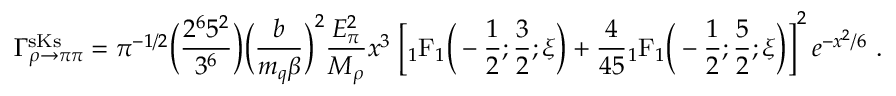
\Gamma _ { \rho \to \pi \pi } ^ { \mathrm { s K s } } = \pi ^ { - 1 / 2 } \Big ( { \frac { 2 ^ { 6 } 5 ^ { 2 } } { 3 ^ { 6 } } } \Big ) \Big ( { \frac { b } { m _ { q } \beta } } \Big ) ^ { 2 } { \frac { E _ { \pi } ^ { 2 } } { M _ { \rho } } } x ^ { 3 } \; \bigg [ { } _ { 1 } \mathrm { F } _ { 1 } \Big ( - { \frac { 1 } { 2 } } ; { \frac { 3 } { 2 } } ; \xi \Big ) + { \frac { 4 } { 4 5 } } { } _ { 1 } \mathrm { F } _ { 1 } \Big ( - { \frac { 1 } { 2 } } ; { \frac { 5 } { 2 } } ; \xi \Big ) \bigg ] ^ { 2 } \, e ^ { - x ^ { 2 } / 6 } \ .